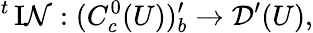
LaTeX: {}^{t}\operatorname{I\mathcal{N}}:(C_{c}^{0}(U))_{b}^{\prime}\to{\mathcal{{D}}}^{\prime}(U),